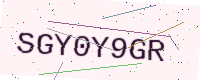
Text: SGY0Y9GR